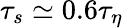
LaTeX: \tau_{s}\simeq 0.6\tau_{\eta}